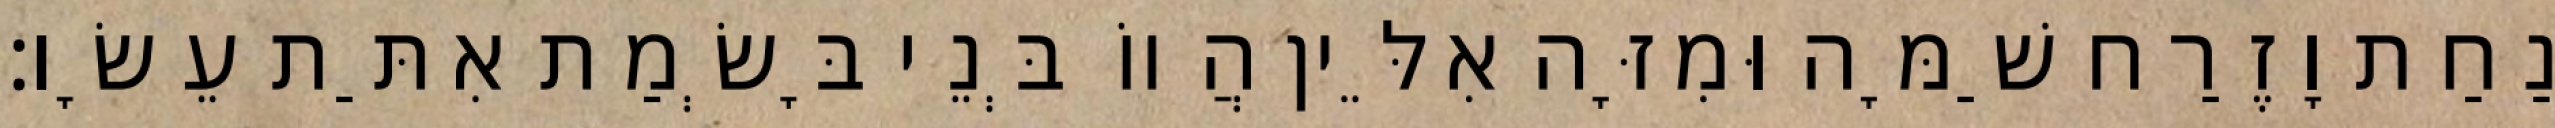
נַחַת וָזֶרַח שַׁמָּה וּמִזָּה אִלֵּין הֲווֹ בְּנֵי בָּשְׂמַת אִתַּת עֵשָׂו׃